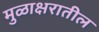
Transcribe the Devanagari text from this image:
मुळाक्षरातील